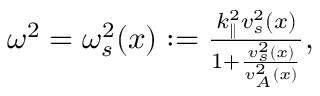
\begin{array} { r } { \omega ^ { 2 } = \omega _ { s } ^ { 2 } ( x ) : = \frac { k _ { \parallel } ^ { 2 } v _ { s } ^ { 2 } ( x ) } { 1 + \frac { v _ { s } ^ { 2 } ( x ) } { v _ { A } ^ { 2 } ( x ) } } , } \end{array}